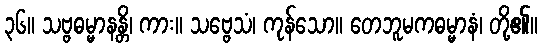
၃၆။ သဗ္ဗဓမ္မာနန္တိ၊ ကား။ သဗ္ဗေသံ၊ ကုန်သော။ တေဘူမကဓမ္မာနံ၊ တို့၏။